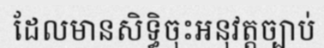
ដែលមានសិទ្ធិចុះអនុវត្តច្បាប់